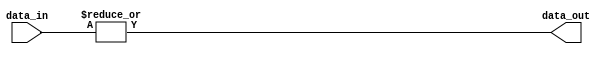
module c_or_nto1
  (data_in, data_out);
   parameter num_ports = 2;
   parameter width = 1;
   input [0:width*num_ports-1] data_in;
   output [0:width-1] data_out;
   wire [0:width-1] data_out;
   generate
      genvar 	    i;
      for(i = 0; i < width; i = i + 1)
	begin:bit_positions
	   wire [0:num_ports-1] data;
	   genvar 		j;
	   for(j = 0; j < num_ports; j = j + 1)
	     begin:input_ports
		assign data[j] = data_in[j*width+i];
	     end
	   assign data_out[i] = |data;
	end
   endgenerate
endmodule